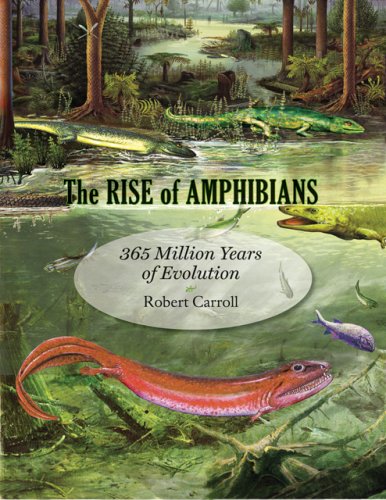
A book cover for The Rise of Amphibians: 365 Million Years of Evolution; Robert Carroll; Science & Math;